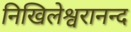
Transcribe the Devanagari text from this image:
निखिलेश्वरानन्द